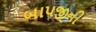
બાપજીની